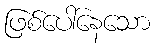
ဖြစ်ပေါ်နေသော